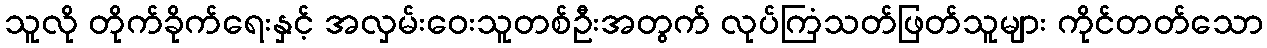
သူလို တိုက်ခိုက်ရေးနှင့် အလှမ်းဝေးသူတစ်ဦးအတွက် လုပ်ကြံသတ်ဖြတ်သူများ ကိုင်တတ်သော